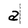
Character: a